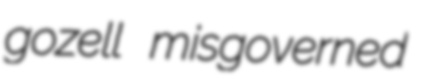
gozell misgoverned